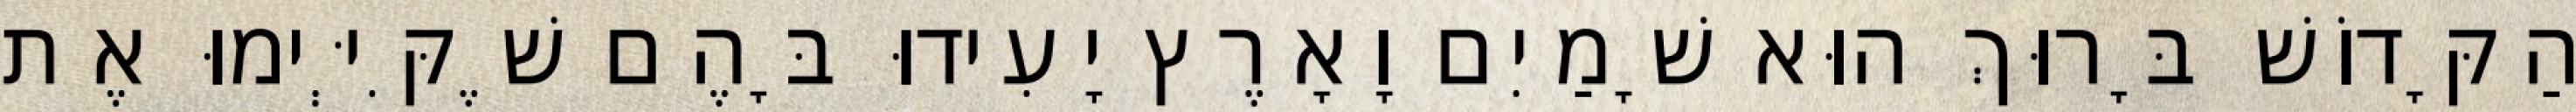
הַקָּדוֹשׁ בָּרוּךְ הוּא שָׁמַיִם וָאָרֶץ יָעִידוּ בָּהֶם שֶׁקִּיְּימוּ אֶת